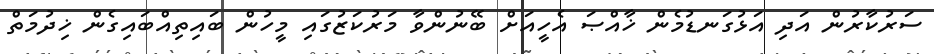
ސަރުކާރުން އަދި އަޅުގަނޑުމެން ޚާއްޞަ އެހީއަށް ބޭނުންވާ މަރުކަޒުގައި މީހުން ބައިތިއްބައިގެން ޚިދުމަތް